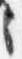
之